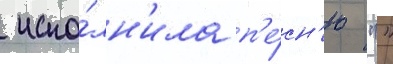
 испо́лн'ила п'е́сн'ю ""